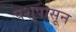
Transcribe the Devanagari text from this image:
पशुपासून